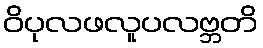
ဝိပုလဖလူပလဗ္ဘတိ